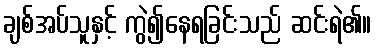
ချစ်အပ်သူနှင့် ကွဲ၍နေရခြင်းသည် ဆင်းရဲ၏။